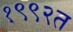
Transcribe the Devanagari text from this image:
१९९२त